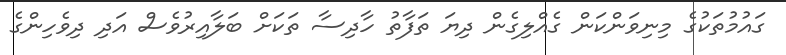
ގައުމުތަކުގެ މިނިވަންކަން ގެއްލިގެން ދިޔަ ތަފާތު ހާދިސާ ތަކަށް ބަލާއިރުވެސް އަދި ދިވެހިންގެ